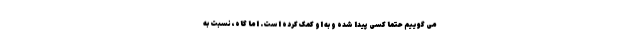
می گوییم حتماً کسی پیدا شده و به او کمک کرده است. اما گاه، نسبت به